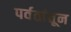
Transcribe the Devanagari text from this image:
पर्वतांतून